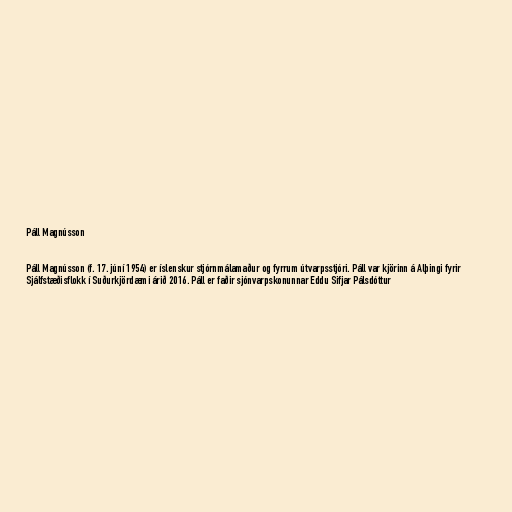
Páll Magnússon

Páll Magnússon (f. 17. júní 1954) er íslenskur stjórnmálamaður og fyrrum útvarpsstjóri. Páll var kjörinn á Alþingi fyrir
Sjálfstæðisflokk í Suðurkjördæmi árið 2016. Páll er faðir sjónvarpskonunnar Eddu Sifjar Pálsdóttur